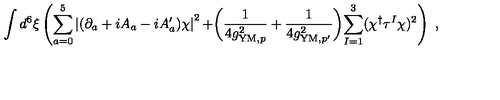
\int d ^ { 6 } \xi \left( \sum _ { a = 0 } ^ { 5 } \left| ( \partial _ { a } + i A _ { a } - i A _ { a } ^ { \prime } ) \chi \right| ^ { 2 } + \biggr ( \frac { 1 } { 4 g _ { \mathrm { Y M } , p } ^ { 2 } } + \frac { 1 } { 4 g _ { \mathrm { Y M } , p ^ { \prime } } ^ { 2 } } \biggl ) \sum _ { I = 1 } ^ { 3 } ( \chi ^ { \dagger } \tau ^ { I } \chi ) ^ { 2 } \right) \ ,